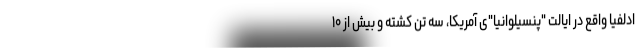
ادلفیا واقع در ایالت "پنسیلوانیا"ی آمریکا، سه تن کشته و بیش از ۱۰